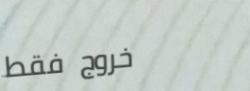
خروج فقط